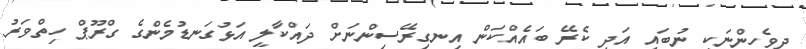
ދިވެހިންނަކީ ނުބައި އަދި ކެރޭ ބައެއްކަން އިނގިރޭސިންނަށް ދައްކާލީ އަޅުގަނޑުމެންގެ ގްރޫޕް ހިތްވަރު